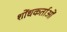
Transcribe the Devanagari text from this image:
शोंधकर्ताओं